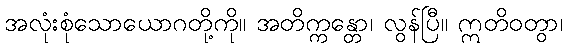
အလုံးစုံသောယောဂတို့ကို။ အတိက္ကန္တော၊ လွန်ပြီ။ ဣတိဝတွာ၊